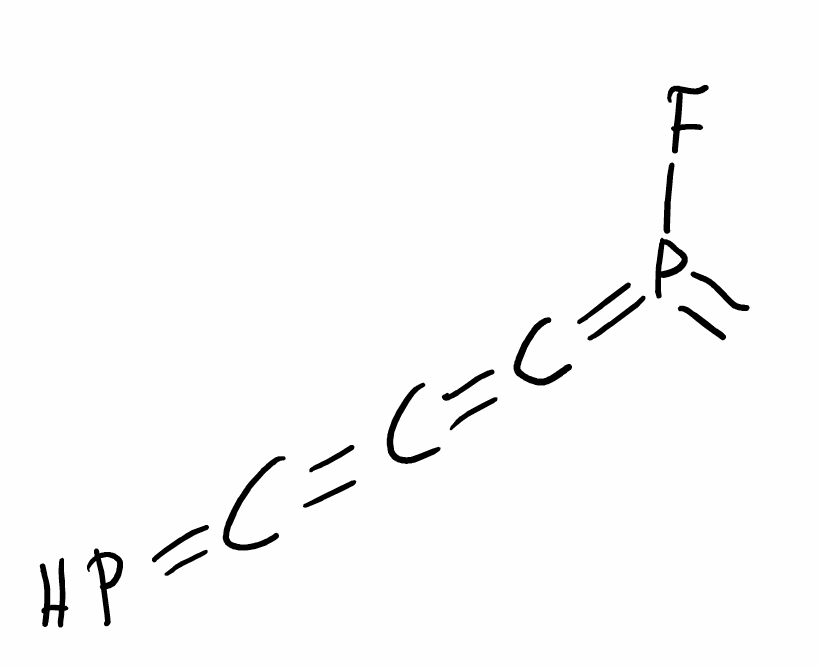
Simplified molecular-input line-entry system (SMILES) notation of the given molecule:
C=P(=C=C=C=P)F